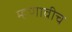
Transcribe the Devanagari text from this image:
म्हणावीच